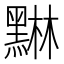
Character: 𮮙